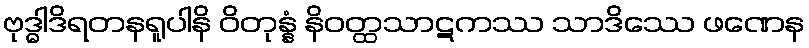
ဗုဒ္ဓါဒိရတနရူပါနိ ဝိတုန္နံ နိဝတ္ထသာဋကဿ သာဒိဿေ ဖဏေန